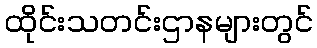
ထိုင်းသတင်းဌာနများတွင်